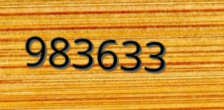
983633